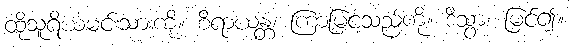
ထိုသူရိယမင်းသားကို။ စိရာယန္တံ၊ ကြာမြင့်သည်ကို။ ဒိသွာ၊ မြင်၍။